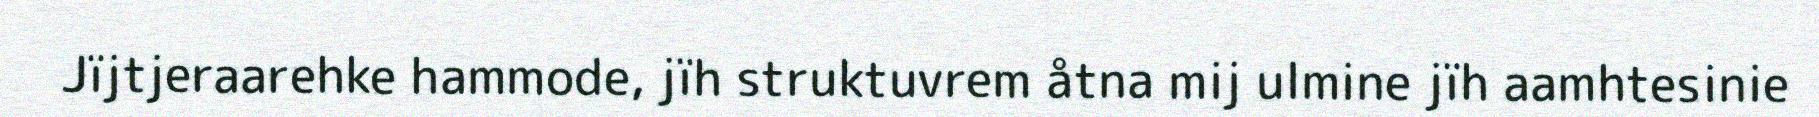
Jïjtjeraarehke hammode, jïh struktuvrem åtna mij ulmine jïh aamhtesinie